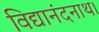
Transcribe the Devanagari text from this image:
विद्यानंदनाथ।